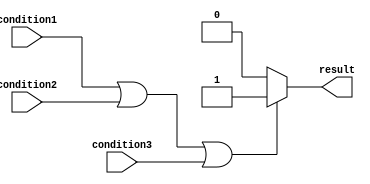
module if_else_logical_or(
    input wire condition1,
    input wire condition2,
    input wire condition3,
    output reg result
);

always @(*) begin
    if (condition1 || condition2 || condition3) begin
        // Execute statements when at least one condition is true
        result = 1; // Set result to true
    end else begin
        // Execute other statements when all conditions are false
        result = 0; // Set result to false
    end
end

endmodule